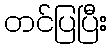
တင်ပြပြီး